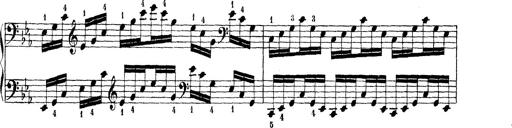
Title: Technische Studien
Composer: Franz Liszt